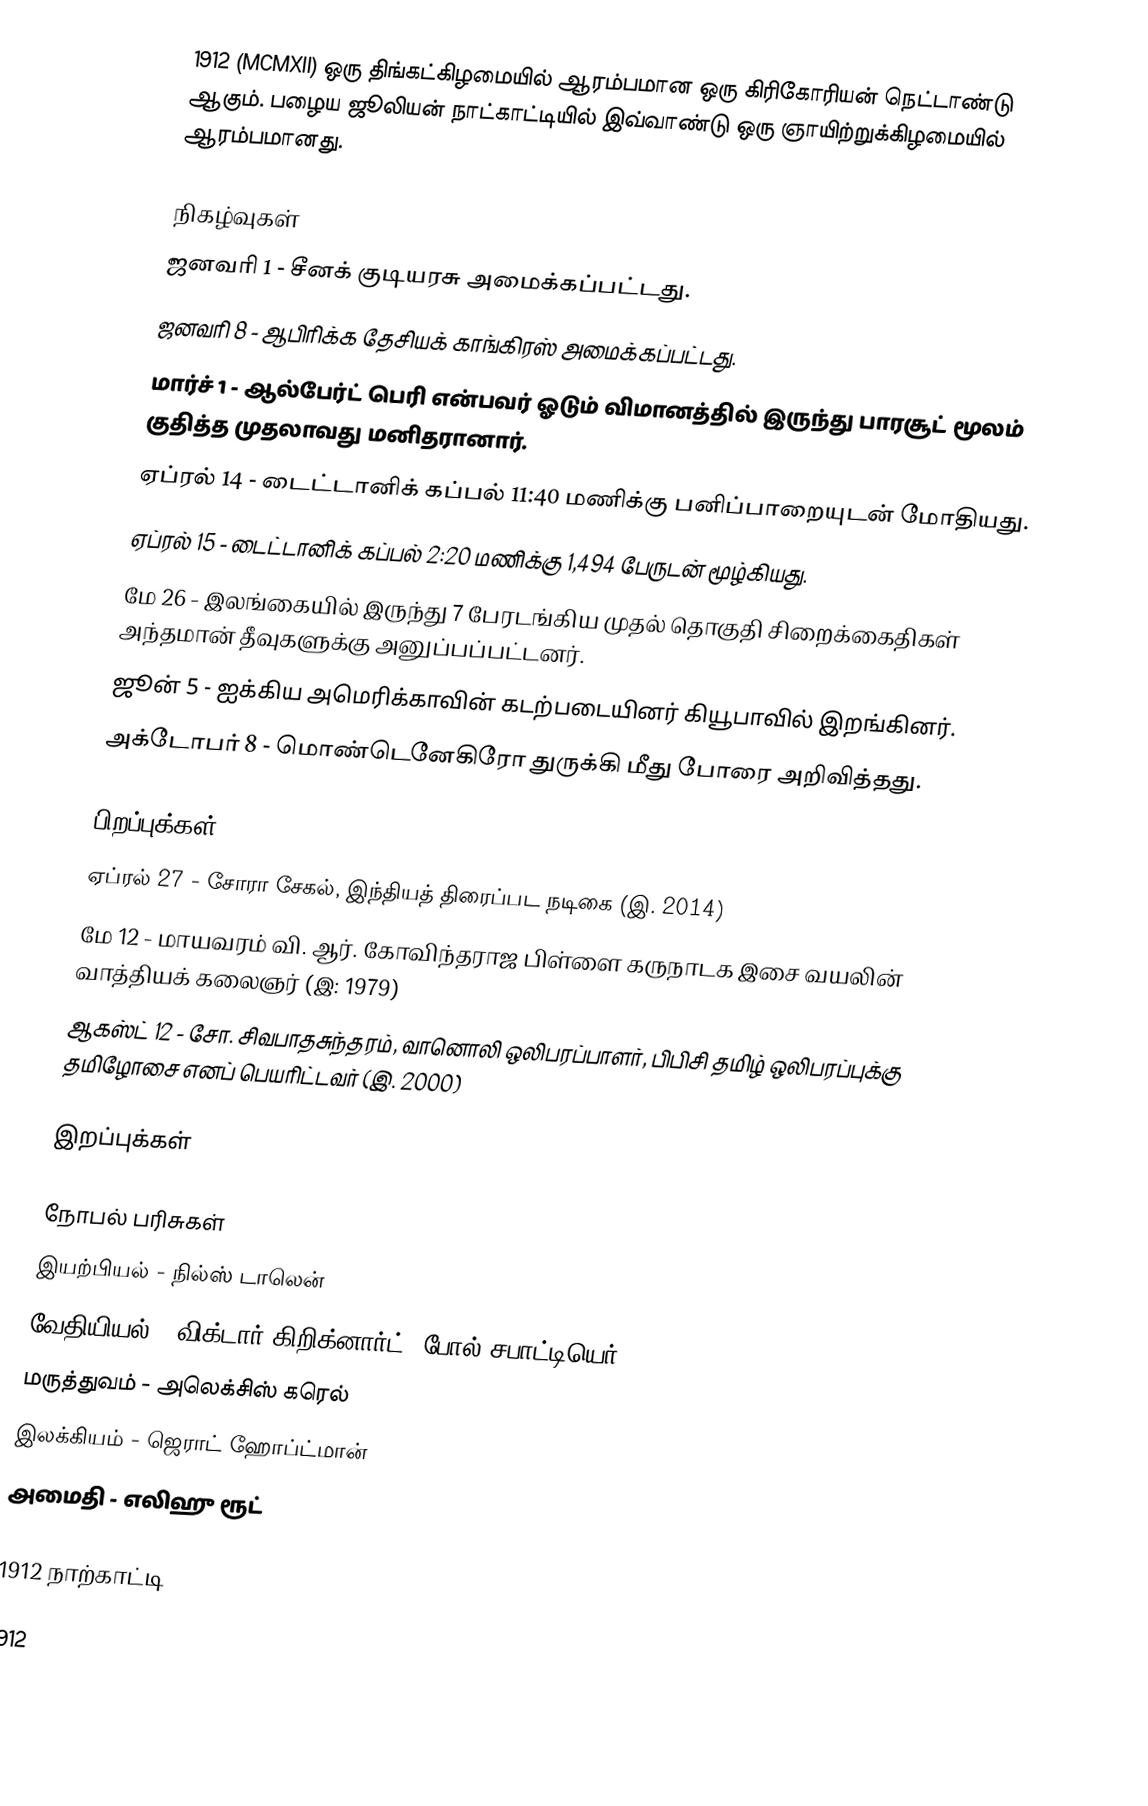
1912  (MCMXII) ஒரு திங்கட்கிழமையில் ஆரம்பமான ஒரு கிரிகோரியன் நெட்டாண்டு ஆகும். பழைய ஜூலியன் நாட்காட்டியில் இவ்வாண்டு ஒரு ஞாயிற்றுக்கிழமையில் ஆரம்பமானது.

நிகழ்வுகள்
 ஜனவரி 1 - சீனக் குடியரசு அமைக்கப்பட்டது.
 ஜனவரி 8 - ஆபிரிக்க தேசியக் காங்கிரஸ் அமைக்கப்பட்டது.
 மார்ச் 1 - ஆல்பேர்ட் பெரி என்பவர் ஓடும் விமானத்தில் இருந்து பாரசூட் மூலம் குதித்த முதலாவது மனிதரானார்.
 ஏப்ரல் 14 - டைட்டானிக் கப்பல் 11:40 மணிக்கு பனிப்பாறையுடன் மோதியது.
 ஏப்ரல் 15 - டைட்டானிக் கப்பல் 2:20 மணிக்கு 1,494 பேருடன் மூழ்கியது.
 மே 26 - இலங்கையில் இருந்து 7 பேரடங்கிய முதல் தொகுதி சிறைக்கைதிகள் அந்தமான் தீவுகளுக்கு அனுப்பப்பட்டனர்.
 ஜூன் 5 - ஐக்கிய அமெரிக்காவின் கடற்படையினர் கியூபாவில் இறங்கினர்.
 அக்டோபர் 8 - மொண்டெனேகிரோ துருக்கி மீது போரை அறிவித்தது.

பிறப்புக்கள்
 ஏப்ரல் 27 - சோரா சேகல், இந்தியத் திரைப்பட நடிகை (இ. 2014)
 மே 12 - மாயவரம் வி. ஆர். கோவிந்தராஜ பிள்ளை கருநாடக இசை வயலின் வாத்தியக் கலைஞர் (இ: 1979)
 ஆகஸ்ட் 12 - சோ. சிவபாதசுந்தரம், வானொலி ஒலிபரப்பாளர், பிபிசி தமிழ் ஒலிபரப்புக்கு தமிழோசை எனப் பெயரிட்டவர் (இ. 2000)

இறப்புக்கள்

நோபல் பரிசுகள்
 இயற்பியல் - நில்ஸ் டாலென்
 வேதியியல் - விக்டார் கிறிக்னார்ட், போல் சபாட்டியெர்
 மருத்துவம் - அலெக்சிஸ் கரெல்
 இலக்கியம் - ஜெராட் ஹோப்ட்மான்
 அமைதி - எலிஹு ரூட்

1912 நாற்காட்டி

1912